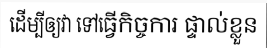
ដើម្បីឲ្យវា ទៅធ្វើកិច្ចការ ផ្ទាល់ខ្លួន